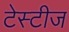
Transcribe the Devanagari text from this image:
टेस्टीज